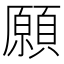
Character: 願